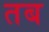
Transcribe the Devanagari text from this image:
तब